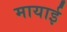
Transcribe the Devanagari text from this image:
मायाई